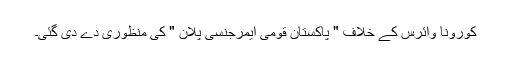
کورونا وائرس کے خلاف " پاکستان قومی ایمرجنسی پلان " کی منظوری دے دی گئی۔